65_HS1-834228961_62-HQ-83894_SUB_A
Agency: FBI
Page 65
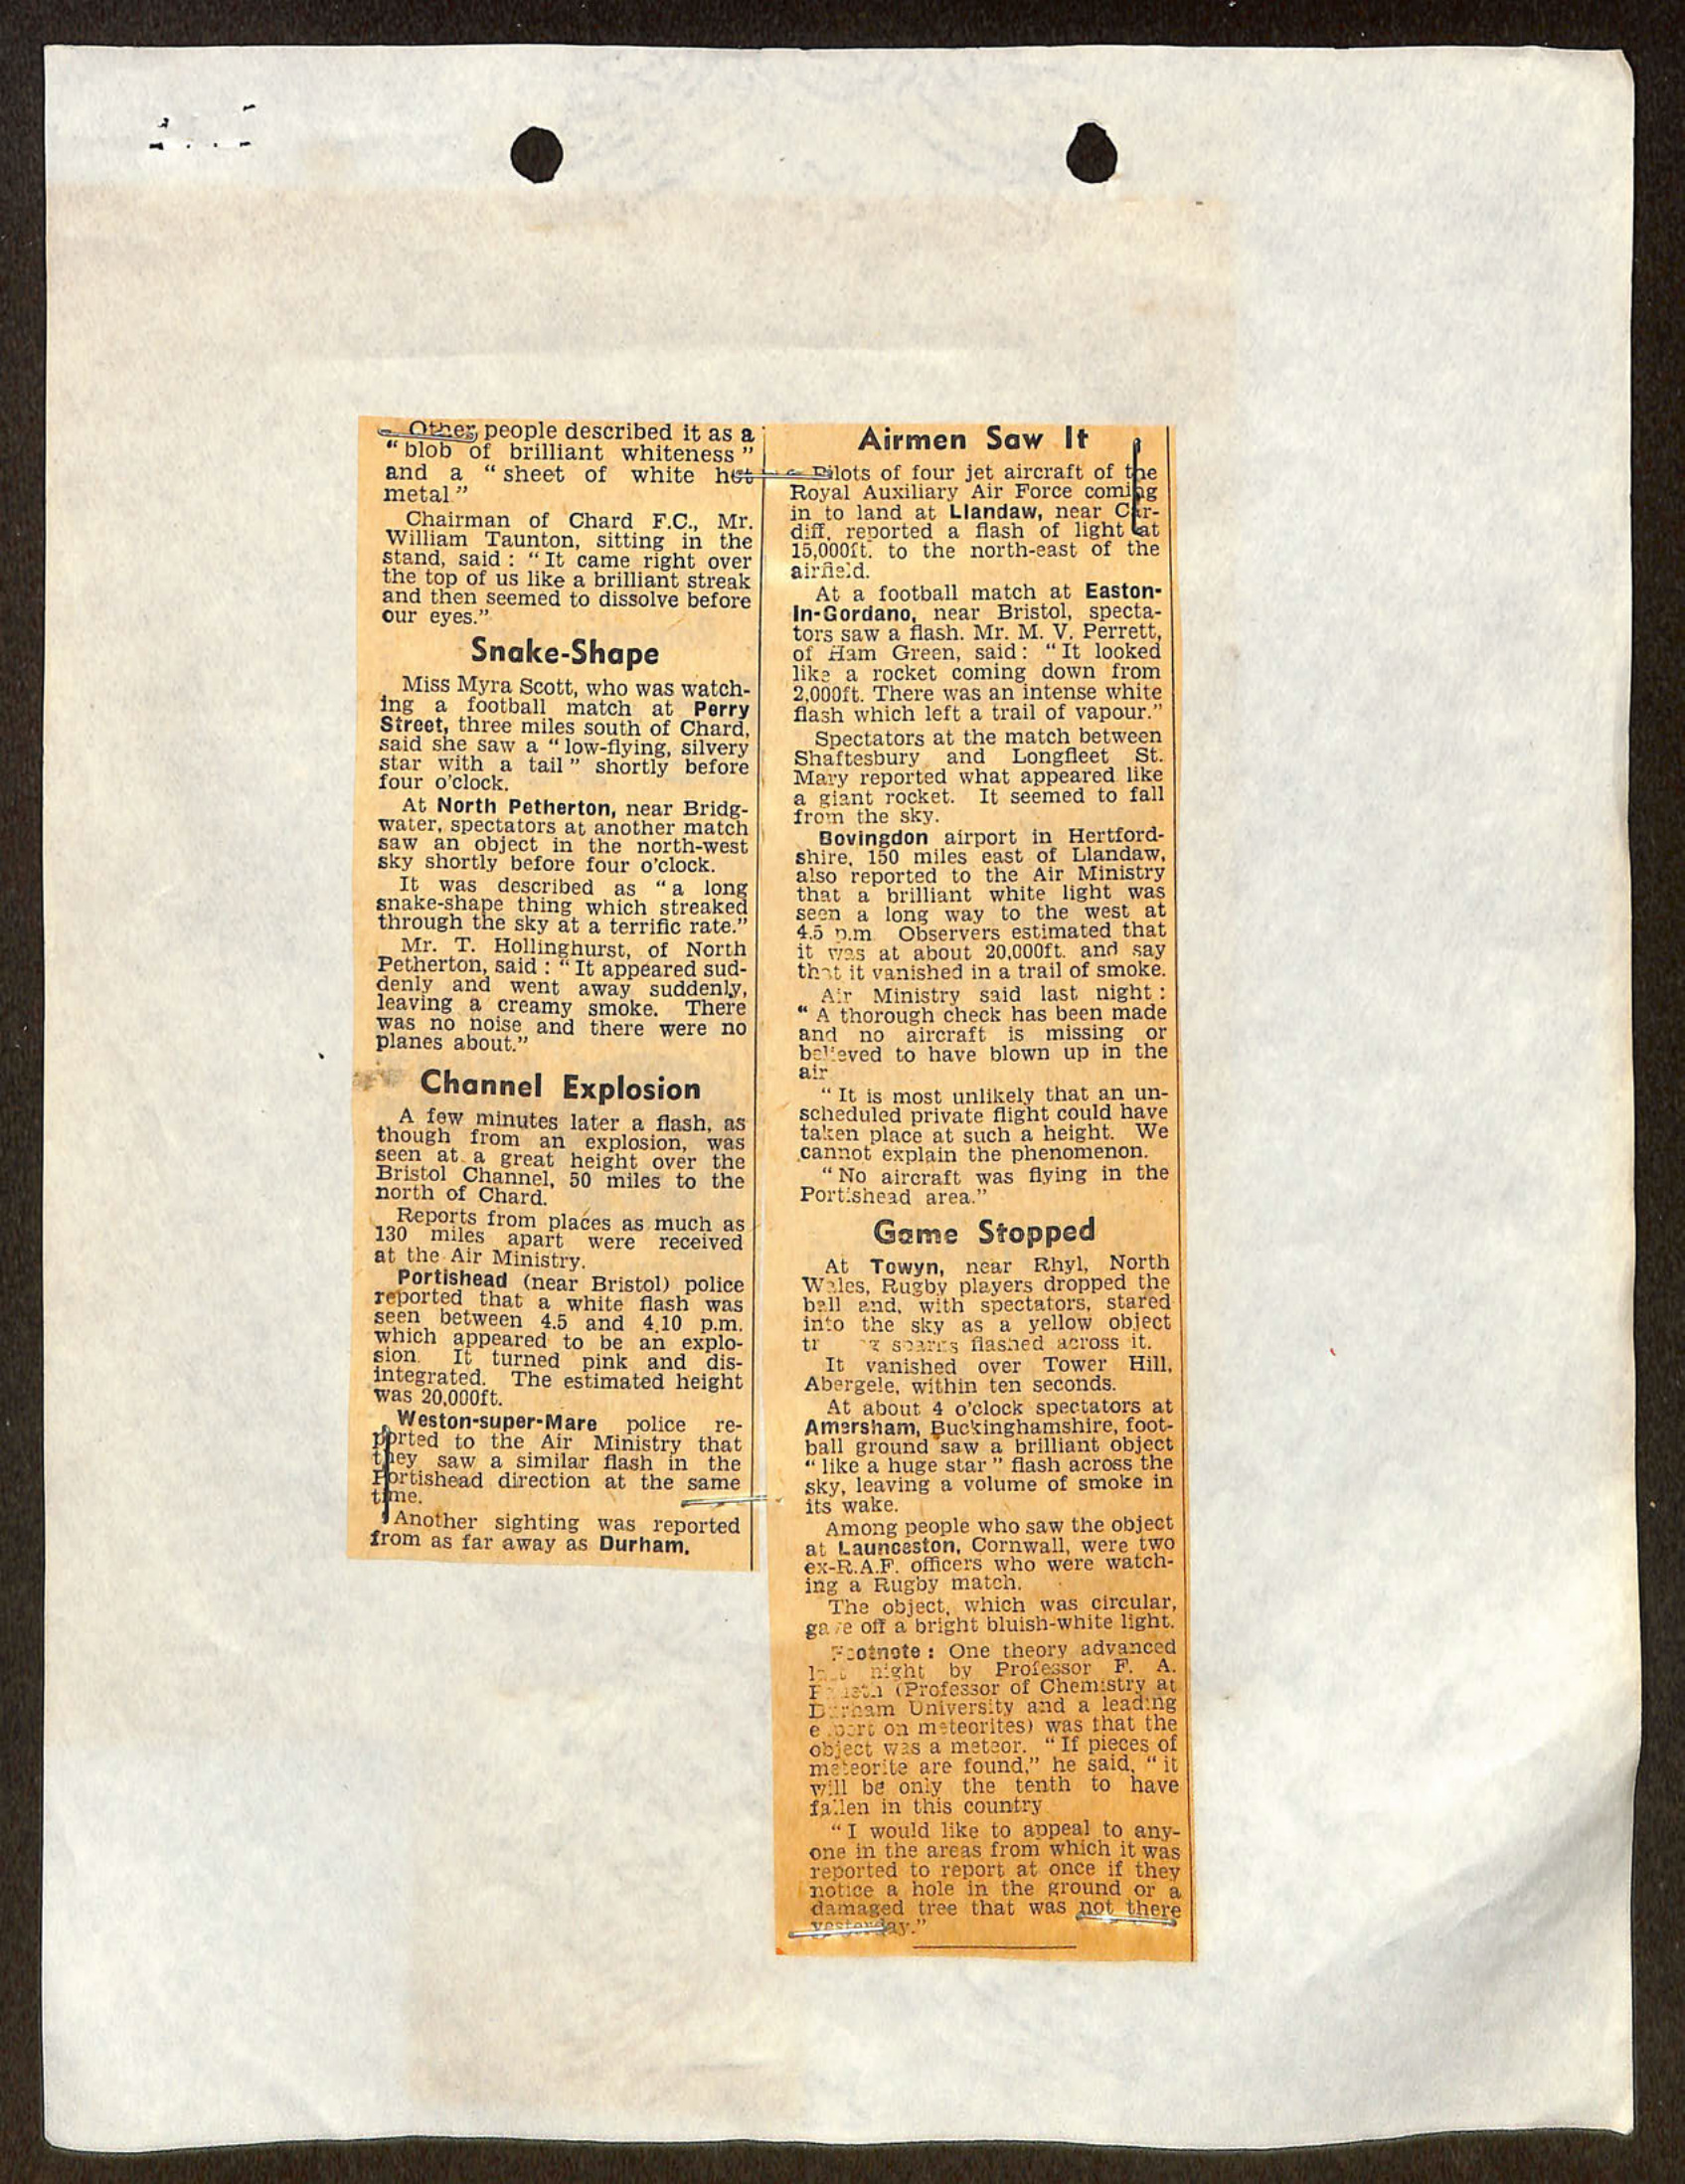